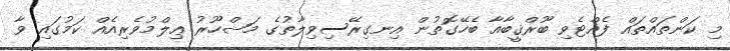
މި ކަންތައްތައް ފެއްޓެވި ބޫރްޤީބާއާ ބެހޭގޮތުން އިނގިރޭސިވިލާތުގެ މަޝްހޫރު ޢިލްމުވެރިއެއް ކަމުގައި ވާ